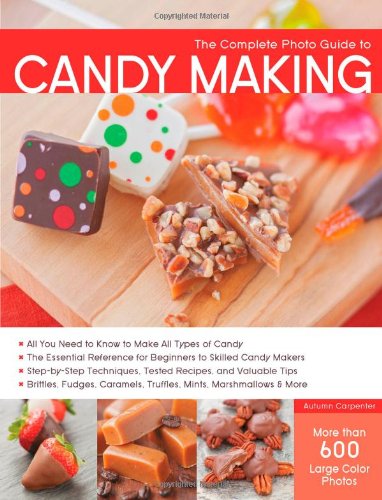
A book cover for The Complete Photo Guide to Candy Making: All You Need to Know to Make All Types of Candy - The Essential Reference for Beginners to Skilled Candy ... Caramels, Truffles Mints, Marshmallows & More; Autumn Carpenter; Cookbooks, Food & Wine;